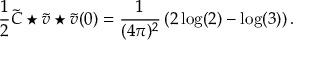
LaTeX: \frac { 1 } { 2 } \widetilde { C } \star \widetilde { v } \star \widetilde { v } ( 0 ) = \frac { 1 } { ( 4 \pi ) ^ { 2 } } \left( 2 \log ( 2 ) - \log ( 3 ) \right) .